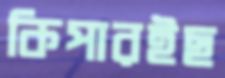
কিপারইছ